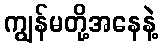
ကျွန်မတို့အနေနဲ့